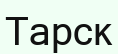
Тарск